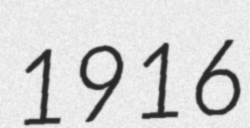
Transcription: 1916